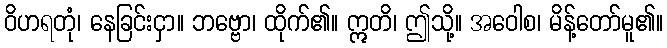
ဝိဟရတုံ၊ နေခြင်းငှာ။ ဘဗ္ဗော၊ ထိုက်၏။ ဣတိ၊ ဤသို့။ အဝေါစ၊ မိန့်တော်မူ၏။